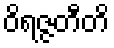
ဝိရဇ္ဇတီတိ